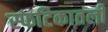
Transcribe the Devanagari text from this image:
स्फटिकातली